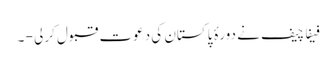
فیفا چیف نے دورۂ پاکستان کی دعوت قبول کرلی - ۔